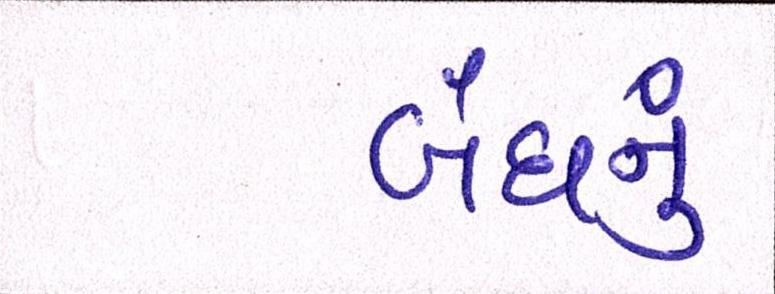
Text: બંધનું